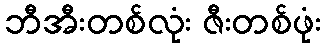
ဘီအီးတစ်လုံး ဇီးတစ်ဖုံး